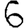
Digit: 6